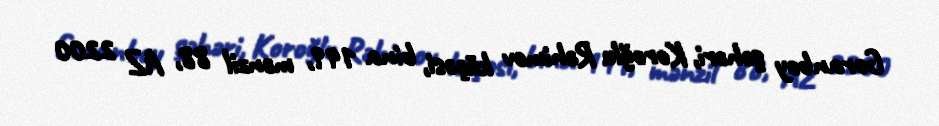
Goranboy şəhəri, Koroğlu Rəhimov küçəsi, bina 149, mənzil 88, AZ 2200